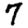
Digit: 7